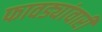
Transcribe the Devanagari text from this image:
फावड्यांवारी